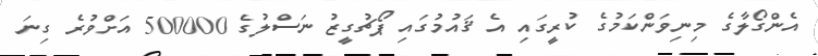
އެންގޯލާގެ މިނިވަންކަމުގެ ކުރީގައި އެ ޤައުމުގައި ޕޯޗުގީޒު ނަސްލުގެ 500000 އަށްވުރެ ގިނަ